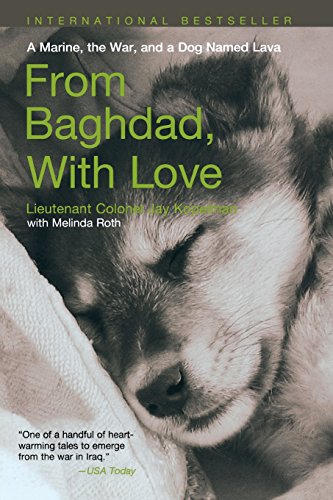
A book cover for From Baghdad with Love: A Marine, The War, And A Dog Named Lava; Jay Kopelman; Crafts, Hobbies & Home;